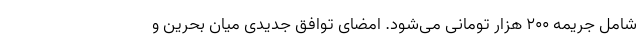
شامل جریمه ۲۰۰ هزار تومانی می‌شود. امضای توافق جدیدی میان بحرین و